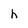
Character: h